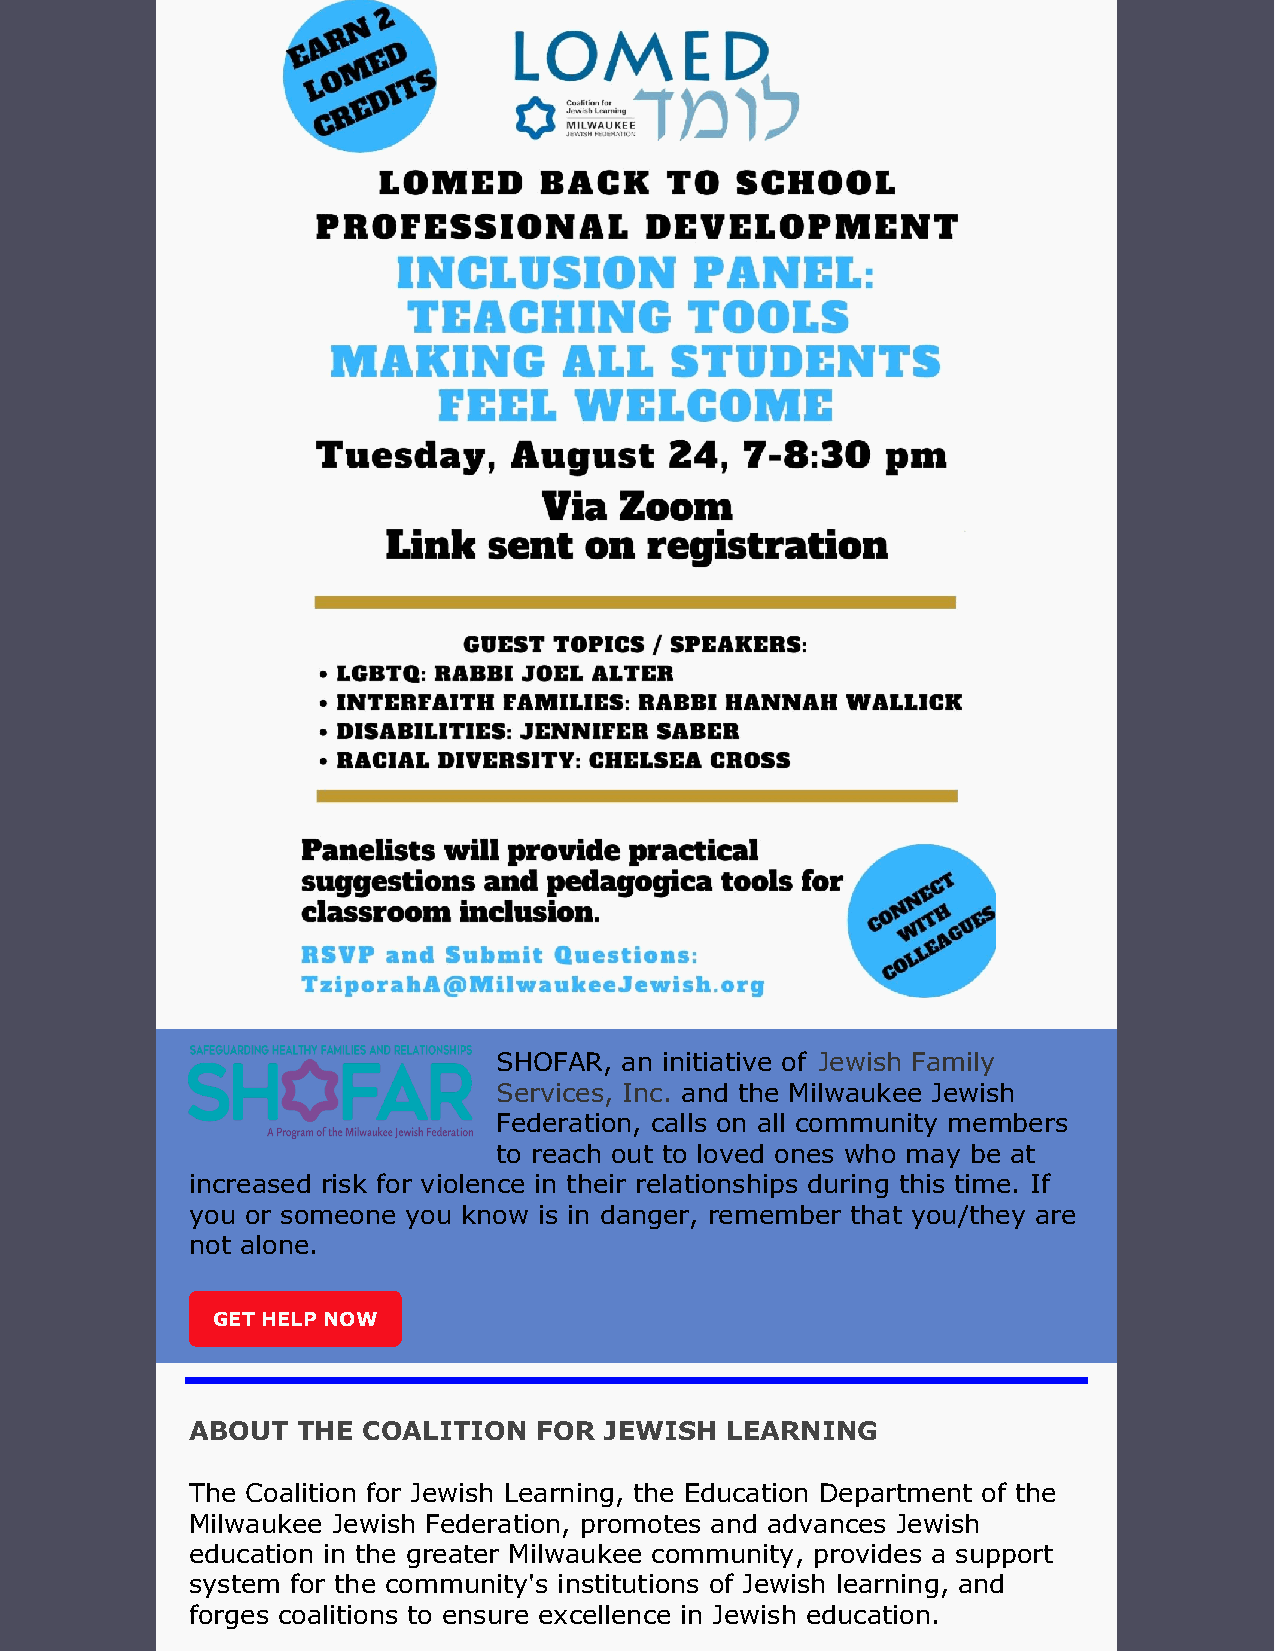
SHOFAR, an initiative of Jewish Family
 Services, Inc. and the Milwaukee Jewish
 Federation, calls on all community members
 to reach out to loved ones who may be at
 increased risk for violence in their relationships during this time. If
 you or someone you know is in danger, remember that you/they are
 not alone.
 GET HELP NOW
 ABOUT  THE COALITION  FOR  JEWISH  LEARNING
 The Coalition for Jewish Learning, the Education Department of the
 Milwaukee Jewish Federation, promotes and advances Jewish
 education in the greater Milwaukee community, provides a support
 system for the community's institutions of Jewish learning, and
 forges coalitions to ensure excellence in Jewish education.